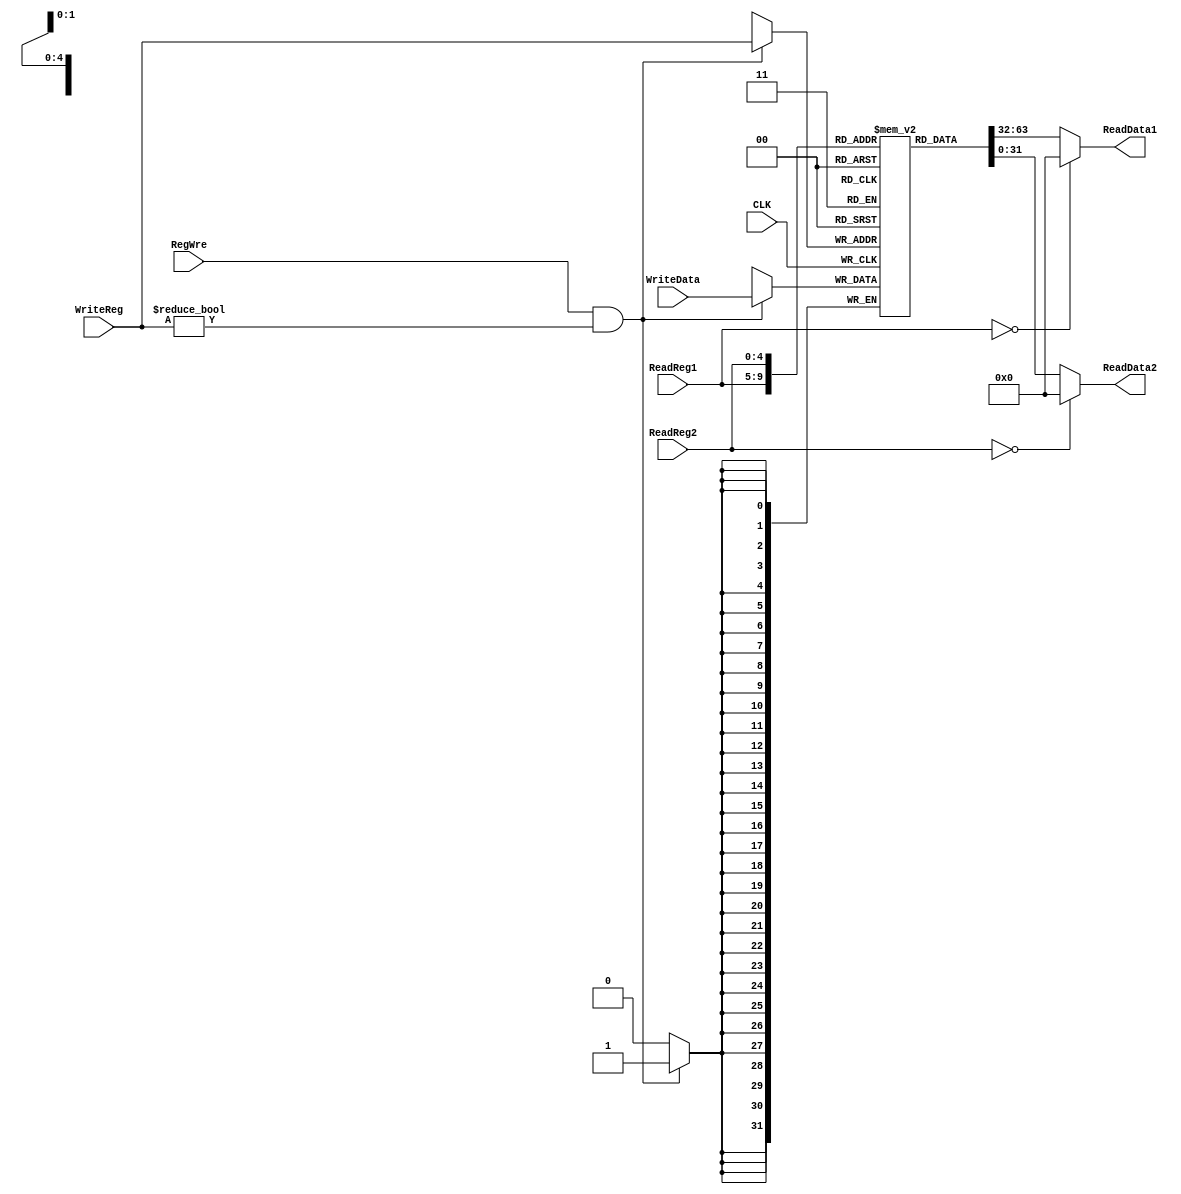
`timescale 1ns / 1ps
//////////////////////////////////////////////////////////////////////////////////
// Company: 
// Engineer: 
// 
// Design Name: 
// Module Name: RegisterFile
// Project Name: 
// Target Devices: 
// Tool Versions: 
// Description: 
// 
// Dependencies: 
// 
// Revision:
// Revision 0.01 - File Created
// Additional Comments:
// 
//////////////////////////////////////////////////////////////////////////////////

module RegisterFile(
    input CLK,
    input RegWre,
    input [4:0] ReadReg1,
    input [4:0] ReadReg2,
    input [4:0] WriteReg,
    input [31:0] WriteData,
    output [31:0] ReadData1,
    output [31:0] ReadData2
    );
    
    reg [31:0] regFile[0:31];

    initial begin
        regFile[0] = 0;        
    end

    assign ReadData1 = (ReadReg1 == 0) ? 0 : regFile[ReadReg1]; 
    assign ReadData2 = (ReadReg2 == 0) ? 0 : regFile[ReadReg2];
    always @ (negedge CLK) begin 
        if(RegWre == 1 && WriteReg != 0) begin           
            regFile[WriteReg] = WriteData; 
        end
    end
    
endmodule